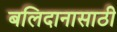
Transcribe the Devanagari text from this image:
बलिदानासाठी